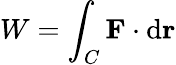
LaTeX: W=\int_{C}\mathbf{F}\cdot\mathrm{d}\mathbf{r}